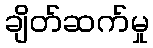
ချိတ်ဆက်မှု